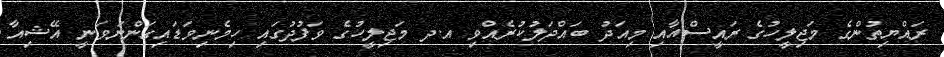
ރައްޔިތުންގެ މަޖިލީހުގެ ރައީސްއާއި މިއަދު ބައްދަލުކުރެއްވި އ.ދ މަޖިލީހުގެ ވަފުދުގައި ހިމެނިވަޑައިގަންނަވަނީ އޭޝިއާ